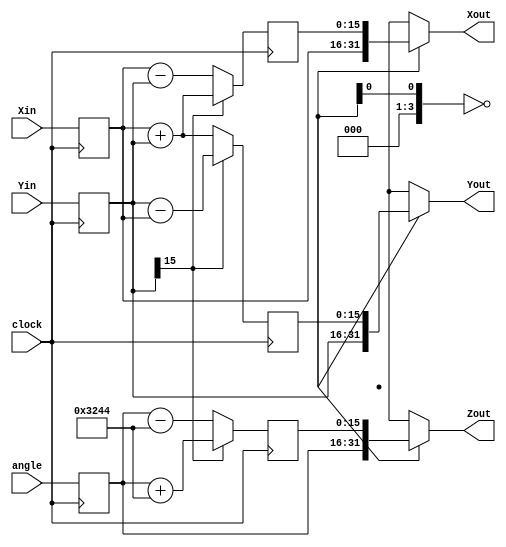
module AJ (clock, angle, Xin, Yin, Xout, Yout, Zout);

	//Declaracao do clock
	input 				clock; 
	//Declaracao das variaveis de entrada
	input 	[15:0] 	angle, Xin, Yin; 
	//Declaracao das variaveis de sai­da
	output  	[15:0] 	Xout ; 
	output 	[15:0] 	Yout ; 
	output 	[15:0] 	Zout ; 
	
	
	//Declaracao da matriz que contera os valores do arco tangente necessario ao calculo.
	//Para realizar os calculos da atan utilizei o ponto fixo 16384 para melhor representar os valores.
	wire [15:0] atan [0:11] ; 
	assign atan[00] = 16'd12868 ;
	assign atan[01] = 16'd7597 ;
	assign atan[02] = 16'd4014 ;
	assign atan[03] = 16'd2038 ;
	assign atan[04] = 16'd1023 ;
	assign atan[05] = 16'd512 ;
	assign atan[06] = 16'd256 ;
	assign atan[07] = 16'd128 ;
	assign atan[08] = 16'd64 ;
	assign atan[09] = 16'd32 ;
	assign atan[10] = 16'd16 ;
	assign atan[11] = 16'd8 ;
	
	//Declaracao dos registradores que criara o vetor dos valores 
	reg  [15:0] X [0:11] ; 
	reg  [15:0] Y [0:11] ;
	reg  [15:0] Z [0:11] ;
	
	// assign X_shift = X[i] >> i ; 
	 //assign Y_shift = Y[i] >> i ;

genvar i;
generate 
for(i=0; i<11; i=i+1) 
	begin : cordic

	always @(posedge clock)
      begin
			if(Y[i][15] == 1)  // Teste para saber se o sinal do Y é positivo ou negativo.
			begin
			// O problema é que agora os valores aparecem unicamente no final, não constantemente como o Zout.
				X[i+1] <= (X[i]) + Y[i] >> i ; 
				Y[i+1] <= (Y[i]) - X[i] >> i ; 
				Z[i+1] <= (Z[i]) + atan[i] ;
			end
			else 
			begin
				X[i+1] <= (X[i]) - Y[i] >> i ; 
				Y[i+1] <= (Y[i]) + X[i] >> i ; //X_shift ;
				Z[i+1] <= (Z[i]) - atan[i] ;
			end
      end
	end
endgenerate

always @ (posedge clock) 
begin
		X[0] <= Xin;
		Y[0] <= Yin;
		Z[0] <= angle;
end
	
assign Xout = X[i] ; 
assign Yout = Y[i] ; 
assign Zout = Z[i];

endmodule